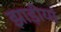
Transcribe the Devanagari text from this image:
झाड़ीयां